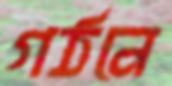
গঠনে